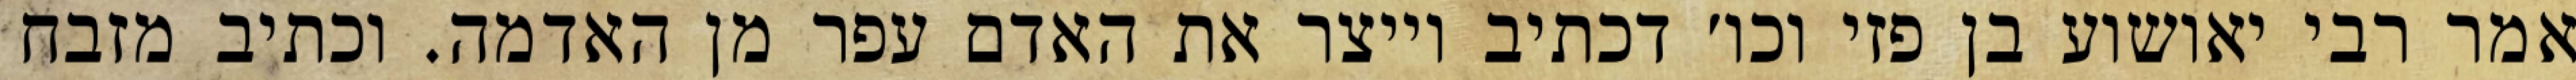
אמר רבי יאושוע בן פזי וכו׳ דכתיב וייצר את האדם עפר מן האדמה. וכתיב מזבח